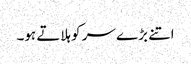
اتنے بڑ ے سر کو ہلاتے ہو۔